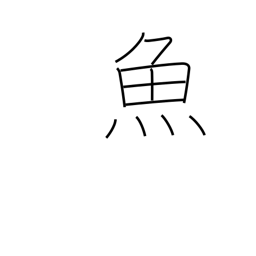
Meaning: fish